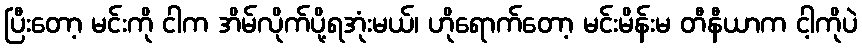
ပြီးတော့ မင်းကို ငါက အိမ်လိုက်ပို့ရအုံးမယ်၊ ဟိုရောက်တော့ မင်းမိန်းမ တီနီယာက ငါ့ကိုပဲ